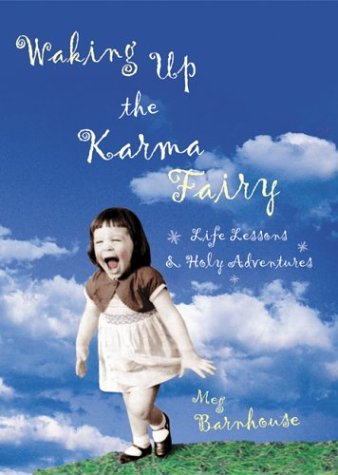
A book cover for Waking Up the Karma Fairy: Life Lessons and Other Holy Adventures; Meg Barnhouse; Religion & Spirituality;